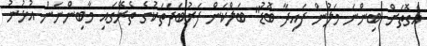
އެގޮތަށް ބިންނަ މަލުން ފައިދާ ބޮޑު" ބަލްކަން ފަރުބަދަތަކުގެ ތެރޭގައި މާބިންނަން އުޅުނު